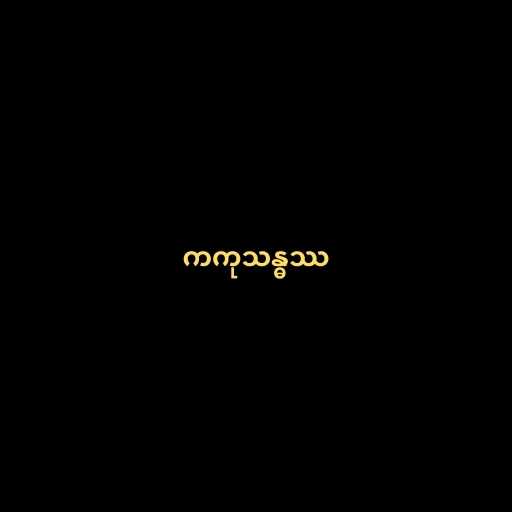
ကကုသန္ဓဿ